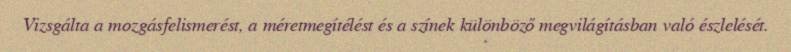
Vizsgálta a mozgásfelismerést, a méretmegítélést és a színek különböző megvilágításban való észlelését.